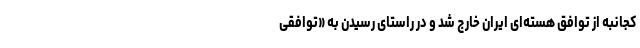
کجانبه از توافق هسته‌ای ایران خارج شد و در راستای رسیدن به «توافقی